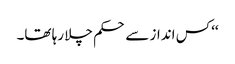
‘‘ کس انداز سے حکم چلا رہا تھا۔